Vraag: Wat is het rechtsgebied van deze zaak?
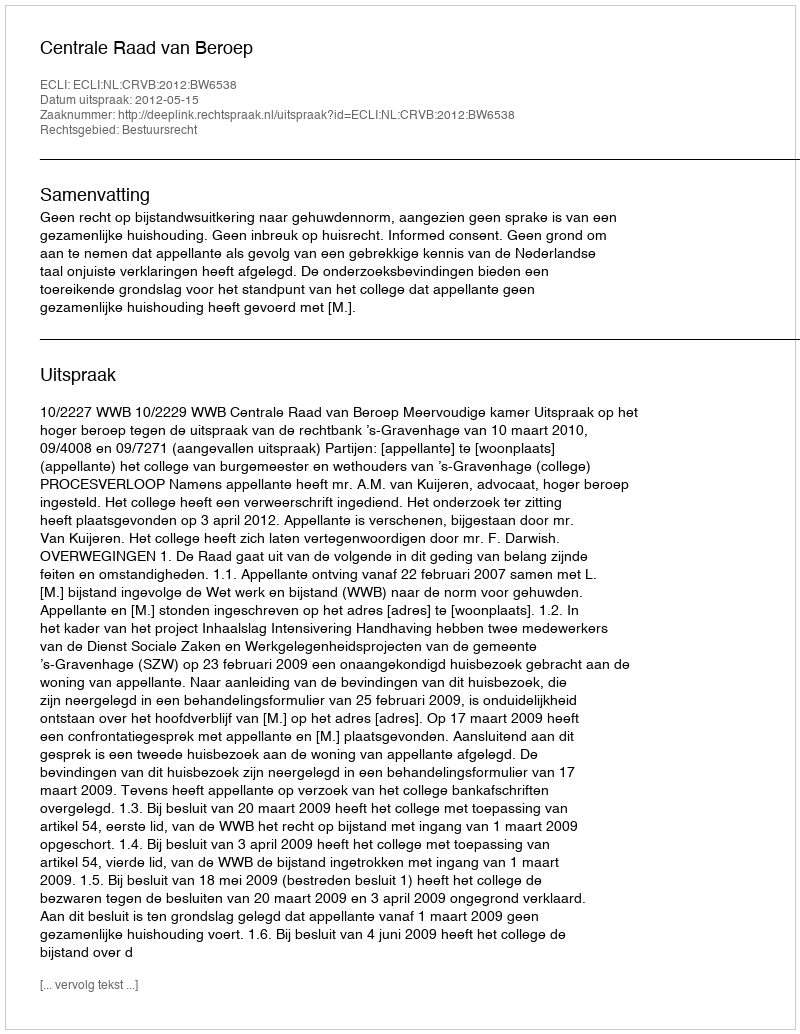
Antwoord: Bestuursrecht